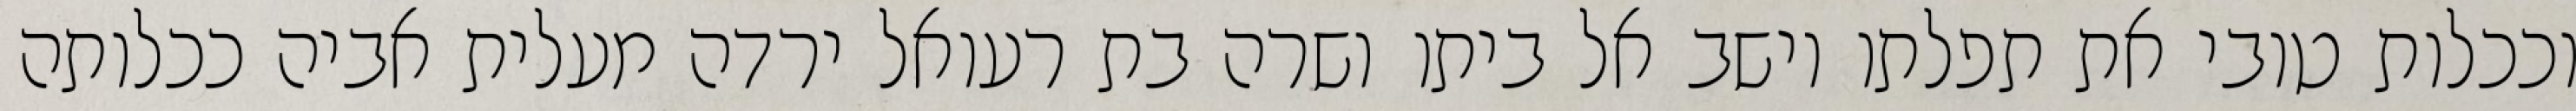
וככלות טובי את תפלתו וישב אל ביתו ושרה בת רעואל ירדה מעלית אביה ככלותה